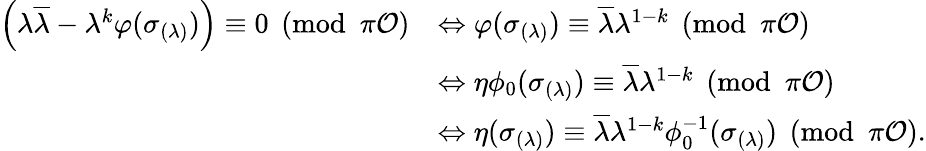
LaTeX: \begin{array}{rl}{\left(\lambda\overline{{\lambda}}-\lambda^{k}\varphi(\sigma_{\left(\lambda\right)})\right)\equiv 0\pmod{\pi\mathcal O}}&{\Leftrightarrow\varphi(\sigma_{(\lambda)})\equiv\overline{{\lambda}}\lambda^{1-k}\pmod{\pi\mathcal O}}\\ &{\Leftrightarrow\eta\phi_{0}(\sigma_{(\lambda)})\equiv\overline{{\lambda}}\lambda^{1-k}\pmod{\pi\mathcal O}}\\ &{\Leftrightarrow\eta(\sigma_{(\lambda)})\equiv\overline{{\lambda}}\lambda^{1-k}\phi_{0}^{-1}(\sigma_{(\lambda)})\pmod{\pi\mathcal O}.}\end{array}